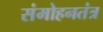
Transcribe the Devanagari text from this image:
संमोहनतंत्र